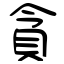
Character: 貪